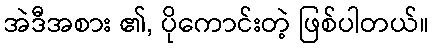
အဲဒီအစား ၏, ပိုကောင်းတဲ့ ဖြစ်ပါတယ်။